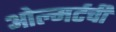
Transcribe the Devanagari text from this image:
ओल्मर्टची